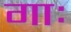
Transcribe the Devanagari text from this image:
गाः